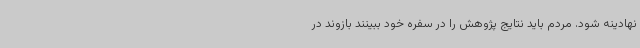
نهادینه شود. مردم باید نتایج پژوهش را در سفره خود ببینند بازوند در